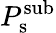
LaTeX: P_{\mathrm{{s}}}^{\mathrm{{sub}}}